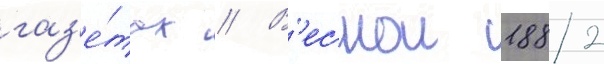
газ'е́тах // В'еснои 1882